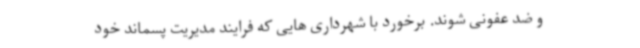
و ضد عفونی شوند. برخورد با شهرداری هایی که فرایند مدیریت پسماند خود